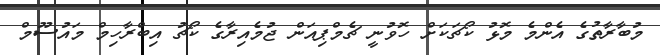
މުބާރާތުގެ އެންމެ މޮޅު ކޯޗަކަށް ހޮވުނީ ޗެމްޕިއަން ޖުމެއިރާގެ ކޯޗު އިބްރާހިމް މައުސޫމް